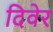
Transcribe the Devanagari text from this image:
दिवेर